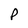
Character: P